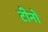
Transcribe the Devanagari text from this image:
टीनो